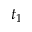
t _ { 1 }